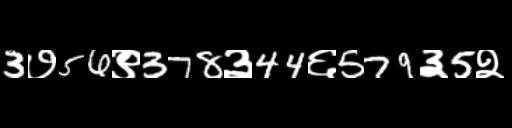
Text: 3७56९378३44६579३5२